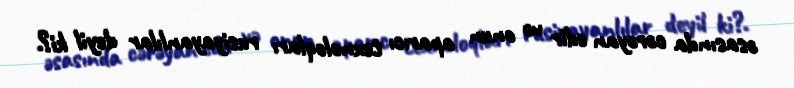
əsasında cərəyan edir və onun aparıcı texnoloqları rusiyayanlılar deyil ki?.